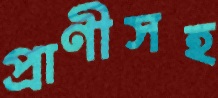
প্রাণীসহ